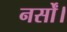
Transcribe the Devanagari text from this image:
नर्सों।